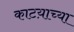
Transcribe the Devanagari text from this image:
काटय़ाच्या